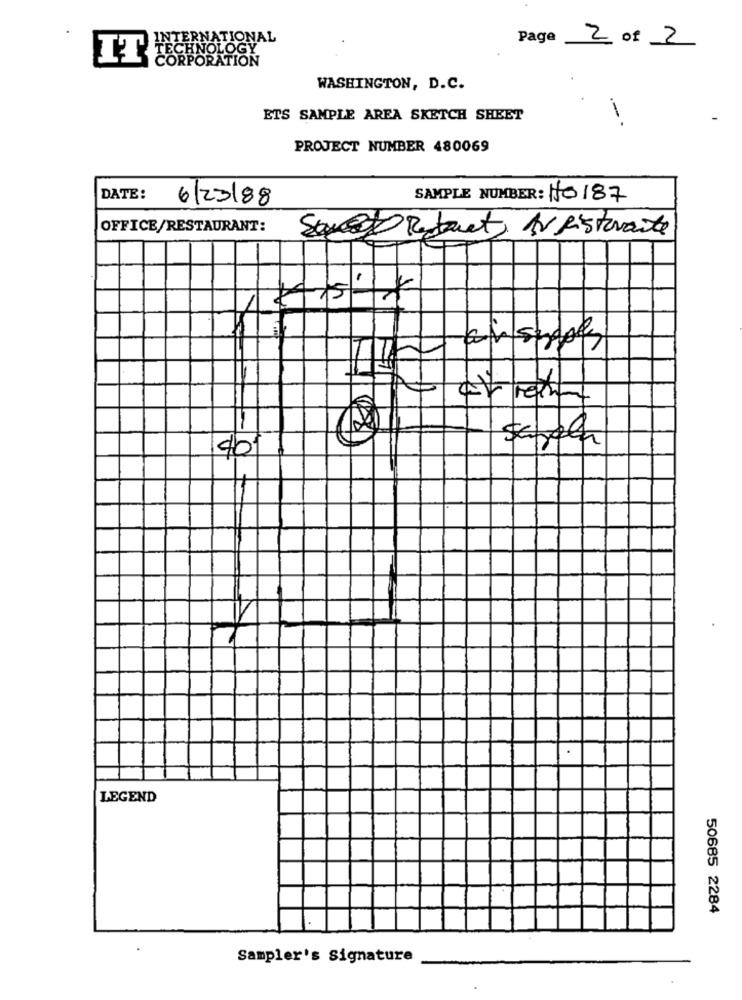
INTERNATIONAL
Page
2 of 2
TECHNOLOGY
IT
CORPORATION
WASHINGTON, D.C.
ETS SAMPLE AREA SKETCH SHEET
--
PROJECT NUMBER 480069
DATE:
6/23/88
SAMPLE NUMBER: 10187
OFFICE/RESTAURANT:
Sauce Restrict AV Ristorante
ah super
401
scuola
.
LEGEND
50685 2284
Sampler's Signature